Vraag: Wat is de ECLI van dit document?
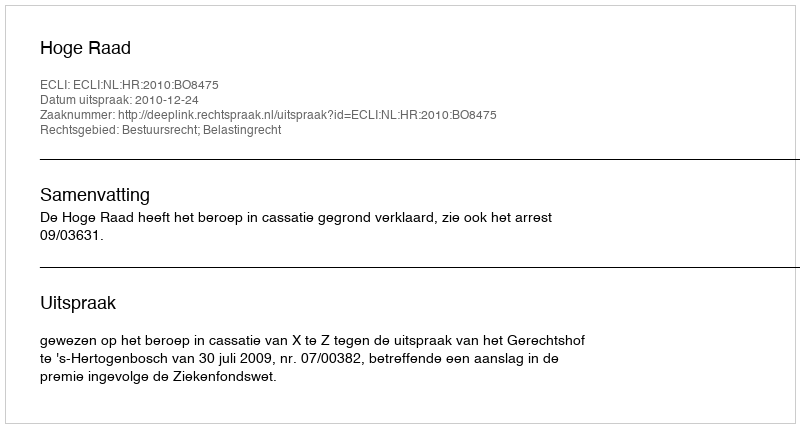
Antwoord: ECLI:NL:HR:2010:BO8475